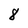
Character: 8